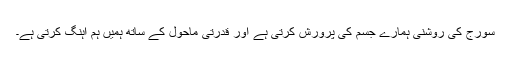
سورج کی روشنی ہمارے جسم کی پرورش کرتی ہے اور قدرتی ماحول کے ساتھ ہمیں ہم آہنگ کرتی ہے۔